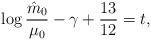
\begin{align*}\log{\hat m_{0} \over \mu_{0}}-\gamma+{13 \over 12}=t,\end{align*}